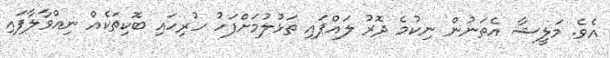
އެވެ. މަލީޝާ އެތަނުން ނިކުމެ ދޮރު ލައްޕައި ތަޅުލުމަށްފަހު ހުރިހައި ބޮކިތަކެއް ނިއްވާލާފައި